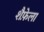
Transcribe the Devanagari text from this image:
शैफ़ेला